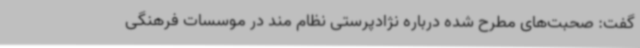
گفت: صحبت‌های مطرح شده درباره نژادپرستی نظام مند در موسسات فرهنگی